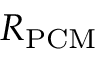
R _ { \mathrm { P C M } }